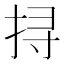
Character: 挦